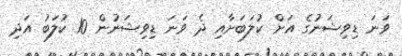
ވަނަ ޑިވިޝަނުގެ އަށް ކުލަބަށާއި ދެ ވަނަ ޑިވިޝަނުން 10 ކުލަބު އަދި